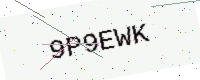
Text: 9P9EWK